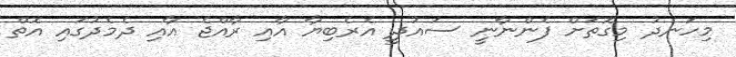
މިހަނދު މިގޮތަށް ފެންނާނީ ސައުދީ އެރެބިޔާ އާއި ރާއްޖެ އާއި ދެމެދުގައި އޮތް